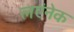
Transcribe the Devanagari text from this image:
लएंनेक